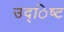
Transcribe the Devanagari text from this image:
उद्िष्ट